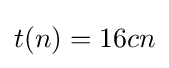
t(n)=16cn